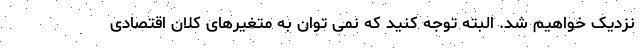
نزدیک خواهیم شد. البته توجه کنید که نمی توان به متغیرهای کلان اقتصادی